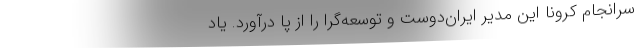
سرانجام کرونا این مدیر ایران‌دوست و توسعه‌گرا را از پا درآورد. یاد